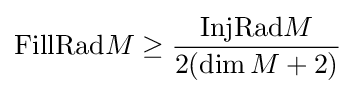
\mathrm {FillRad} M\geq {\frac {\mathrm {InjRad} M}{2(\dim M+2)}}